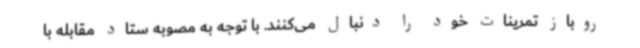
روباز تمرینات خود را دنبال می‌کنند. با توجه به مصوبه ستاد مقابله با